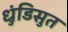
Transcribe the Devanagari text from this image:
धुंडिसुत